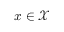
x \in \mathcal { X }